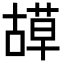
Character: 𦹯